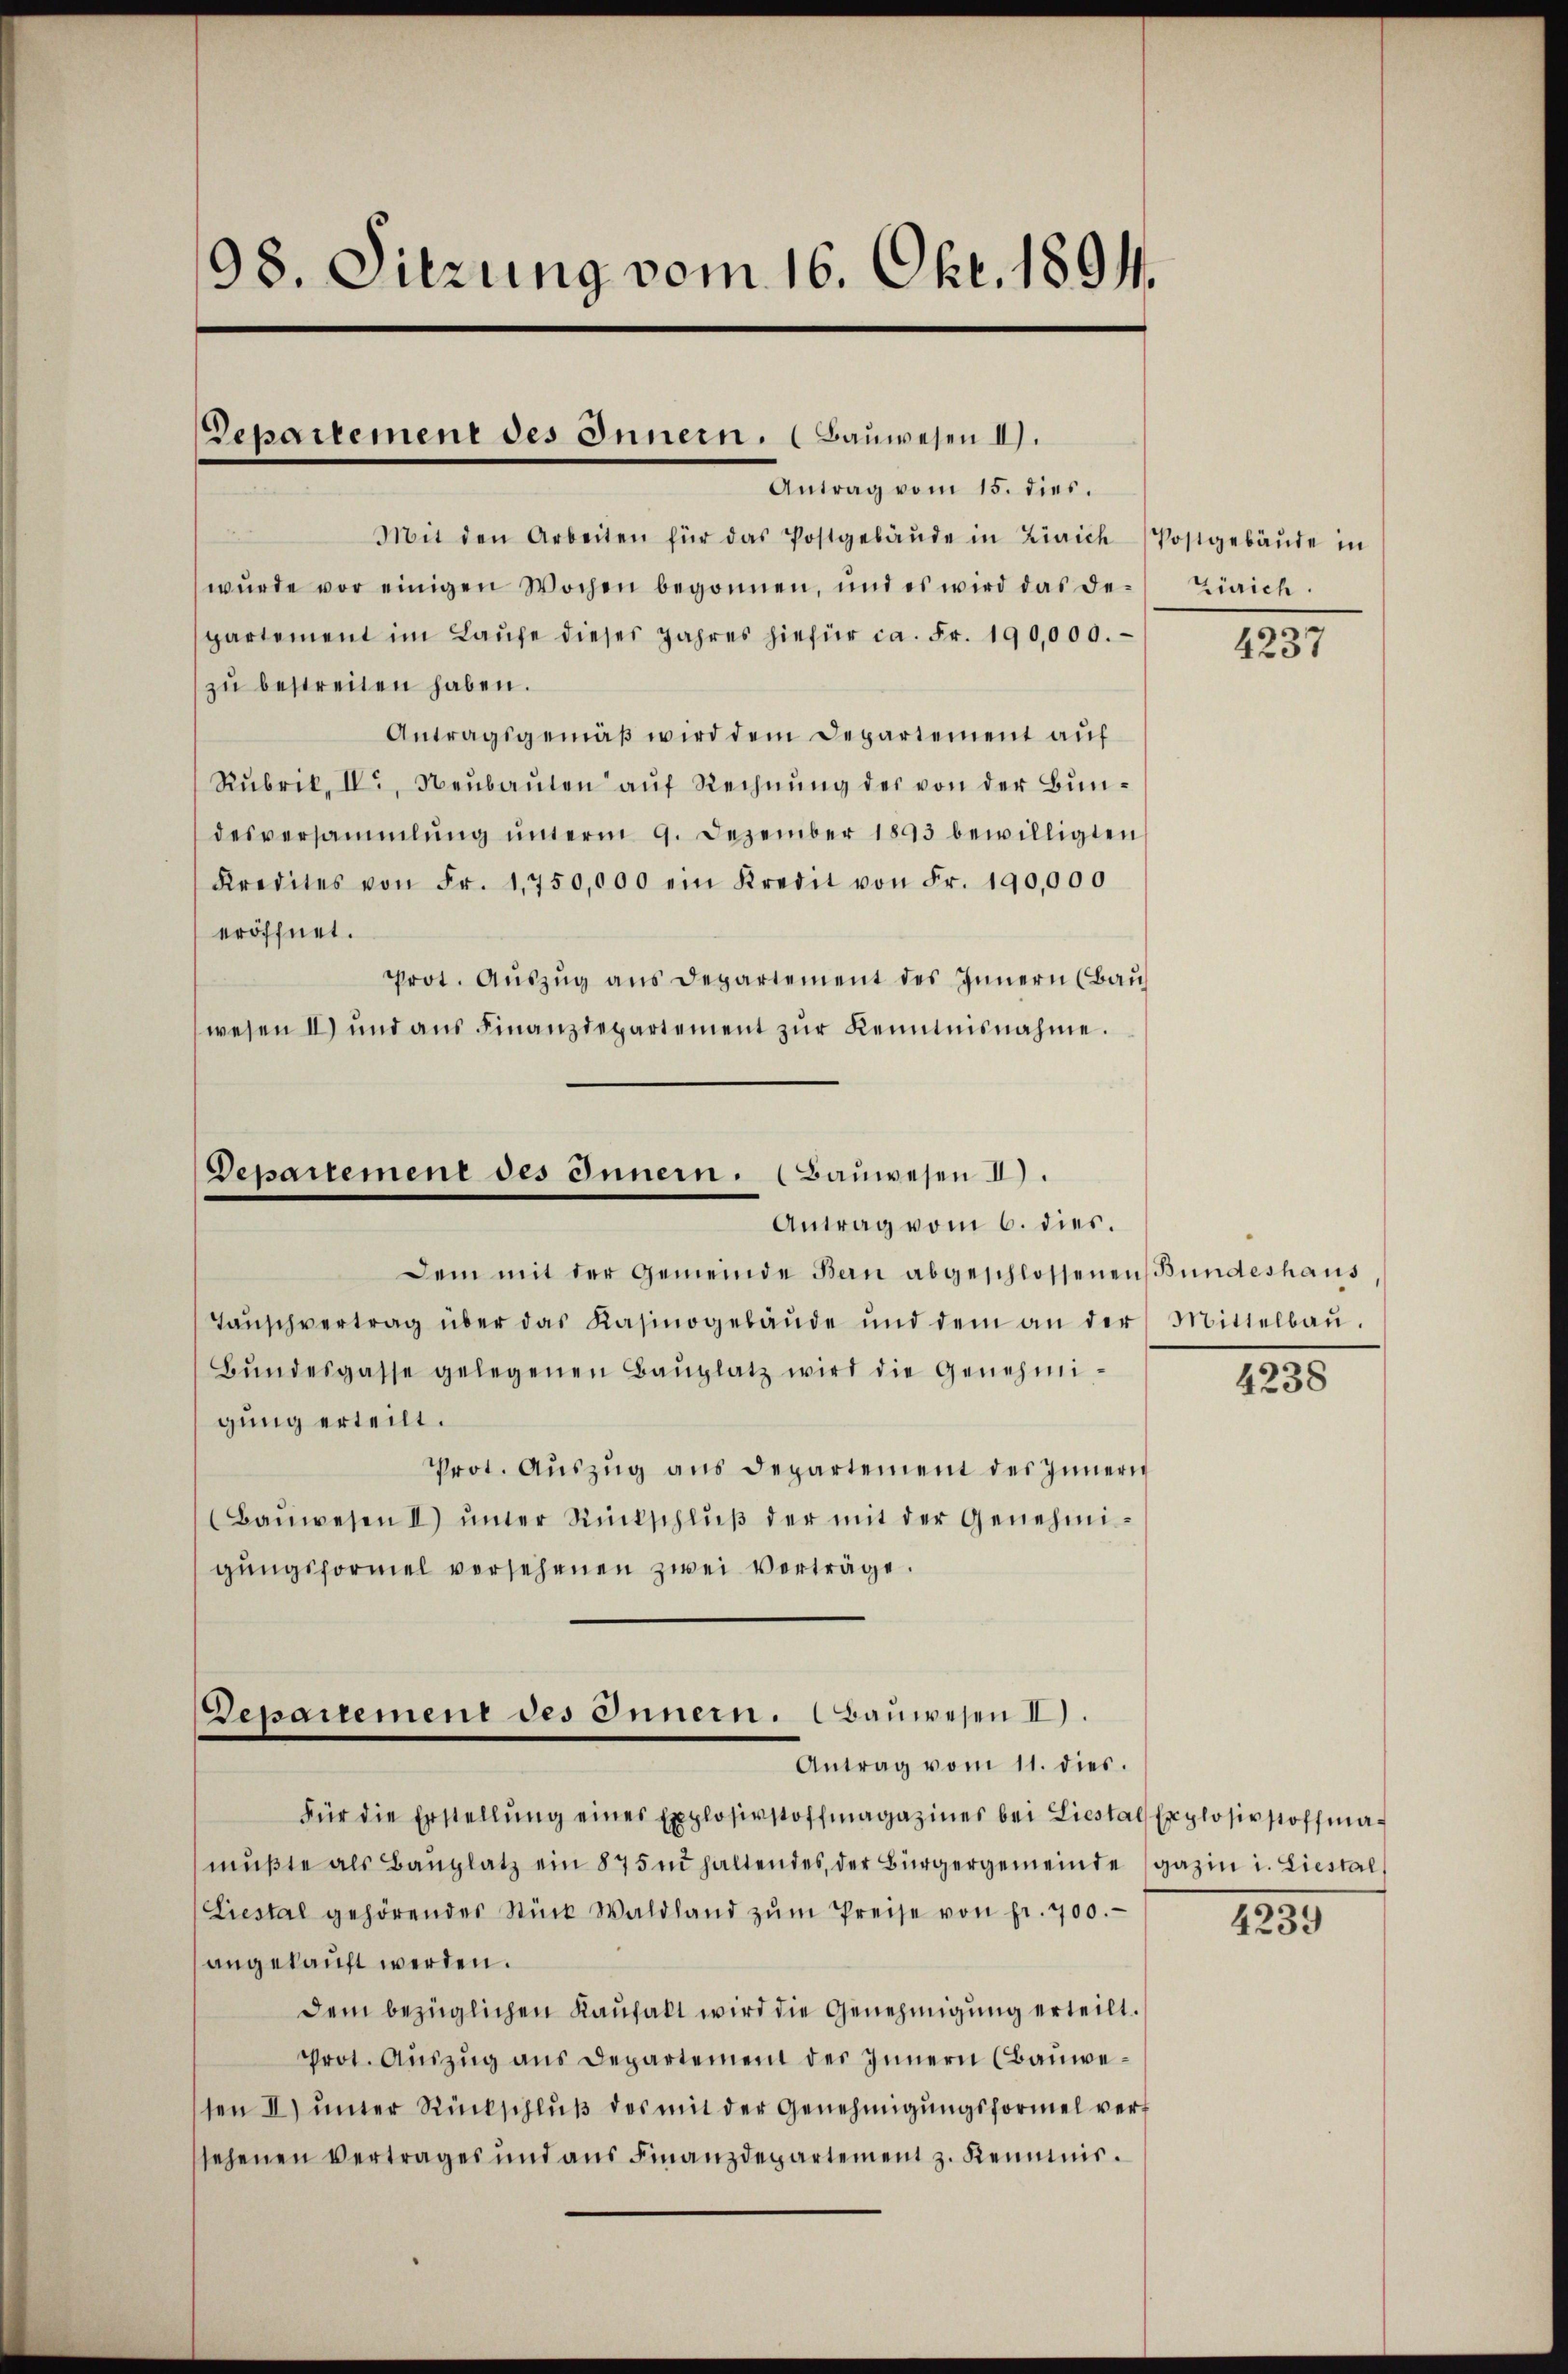
98. Sitzung vom 16. Okt. 1894.

Departement des Innern. (Bauwesen II.

Antrag vom 15. dies.
Mit den Arbeiten für das Postgebäŭde in Zürich Postgebäŭde in
wŭrde vor einigen Wochen begonnen, und es wird das de-
partement im Laŭfe dieses Jahres hiefür ca. Fr. 190,000.
zŭ bestreiten haben.
Antragsgemäß wird dem Departement auf
Rŭbrik, IV., Neŭbaŭten aŭf Rechnŭng des von der Bŭn-
desversammlung unterm 9. Dezember 1893 bewilligten
Kredites von Fr. 1750,000 ein Kredit von Fr. 190,000
eröffnet.
prot. Auszug aus Departement des Innern (Bau
wesen II und aŭs Finanzdepartement zŭr Kenntnisnahme.
Departement des Innern. (Bauwesen II).
Antrag vom 6. dies.
Dem mit der Gemeinde Bau abgeschlossenen Bundeshaus,
Taŭschvertrag über das Kasinogebäŭde ŭnd dem an der Mittelbaŭ-
Bŭndesgasse gelegenen Baŭplatz wird die Genehmigung erteilt.
Prot. Aŭszŭg aŭs departement des Innern
(Baŭwesen II) ŭnter Rückschlŭβ der mit der Genehmi-
gungsformel versehenen zwei Verträge.

Departement des Innern. Bauwesen II).
Antrag vom 11. dies.

Zürich.

Für die Erstellŭng eines Explosivstoffmagaziner bei Liestals Explosivstoffma-
mŭβte als Baŭplatz ein 875 m haltendes, der Bürgergemeinde (gazin i. Liestal
Liestal gehörendes Stück Waldland zŭm Preise von fr. 700.
angekauft werden.
dem bezüglichen Kaufakt wird die Genehmigung erteilt.
Prot. Auszug aus Departement des Innern (Bauwesen II) ŭnter Rückschlŭβ des mit der Genehmigŭngsformel vert
sehenen Vertrages und aŭs Finanzdepartement z. Keimnis.

4237

s
4238

4239